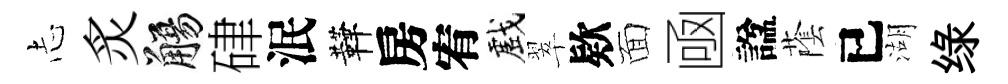
𢖽炙觴硉泯鞾房宥戲翠欵面凾諡䕃已湖绿